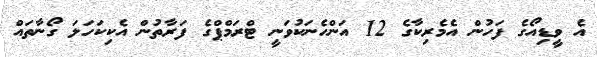
އެ ވީޑިއޯގެ ފަހުން އެމެރިކާގެ 12 އަންހެނަކުވަނީ ޓްރަމްޕްގެ ފަރާތުން އެކިކަހަލަ ގޯނާތައް